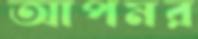
আপমর